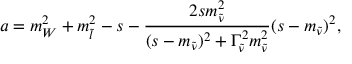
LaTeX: a = m _ { W } ^ { 2 } + m _ { \tilde { l } } ^ { 2 } - s - \frac { 2 s m _ { \tilde { \nu } } ^ { 2 } } { ( s - m _ { \tilde { \nu } } ) ^ { 2 } + \Gamma _ { \tilde { \nu } } ^ { 2 } m _ { \tilde { \nu } } ^ { 2 } } { ( s - m _ { \tilde { \nu } } ) ^ { 2 } } ,